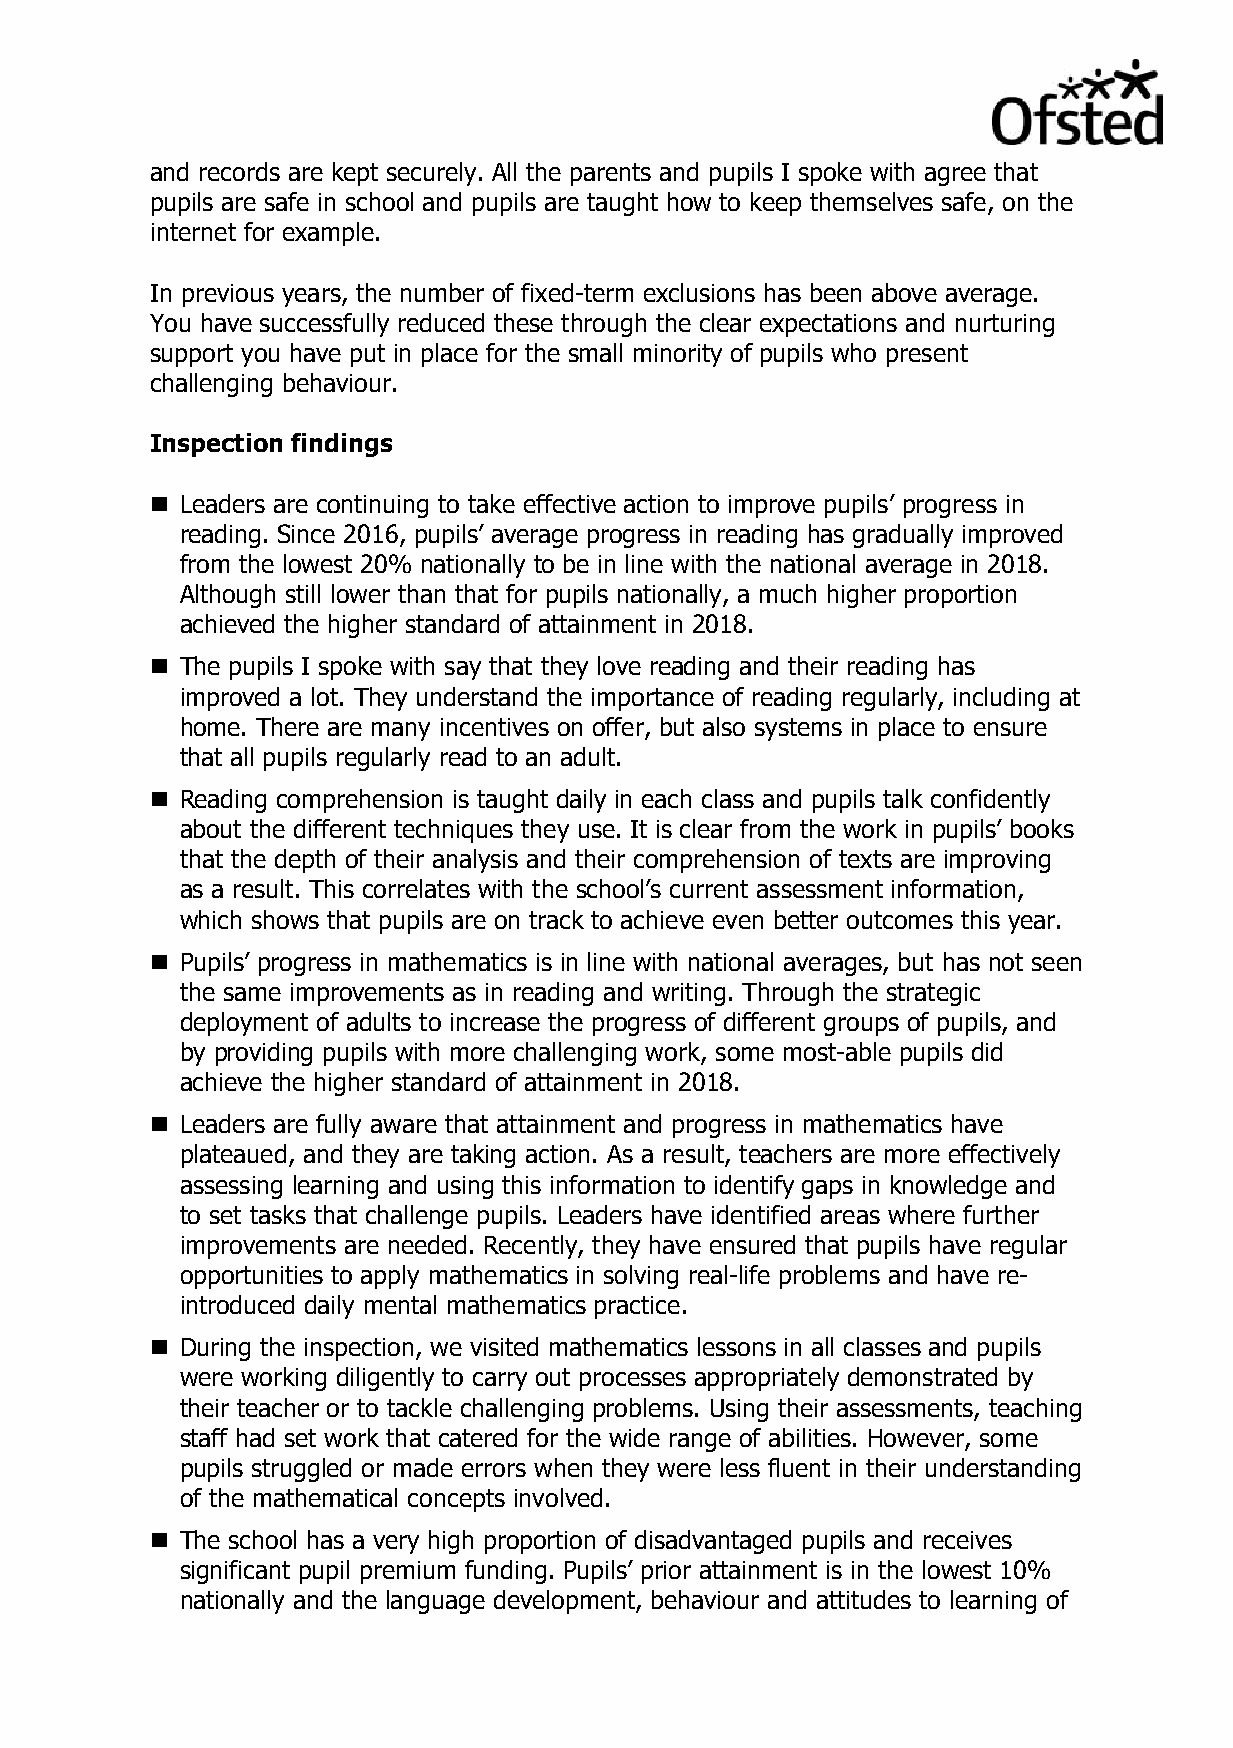
and records are kept securely. All the parents and pupils I spoke with agree that
 pupils are safe in school and pupils are taught how to keep themselves safe, on the
 internet for example.
 In previous years, the number of fixed-term exclusions has been above average.
 You have successfully reduced these through the clear expectations and nurturing
 support you have put in place for the small minority of pupils who present
 challenging behaviour.
 Inspection findings
  Leaders are continuing to take effective action to improve pupils’ progress in
 reading. Since 2016, pupils’ average progress in reading has gradually improved
 from the lowest 20% nationally to be in line with the national average in 2018.
 Although still lower than that for pupils nationally, a much higher proportion
 achieved the higher standard of attainment in 2018.
  The pupils I spoke with say that they love reading and their reading has
 improved a lot. They understand the importance of reading regularly, including at
 home. There are many incentives on offer, but also systems in place to ensure
 that all pupils regularly read to an adult.
  Reading comprehension is taught daily in each class and pupils talk confidently
 about the different techniques they use. It is clear from the work in pupils’ books
 that the depth of their analysis and their comprehension of texts are improving
 as a result. This correlates with the school’s current assessment information,
 which shows that pupils are on track to achieve even better outcomes this year.
  Pupils’ progress in mathematics is in line with national averages, but has not seen
 the same improvements as in reading and writing. Through the strategic
 deployment of adults to increase the progress of different groups of pupils, and
 by providing pupils with more challenging work, some most-able pupils did
 achieve the higher standard of attainment in 2018.
  Leaders are fully aware that attainment and progress in mathematics have
 plateaued, and they are taking action. As a result, teachers are more effectively
 assessing learning and using this information to identify gaps in knowledge and
 to set tasks that challenge pupils. Leaders have identified areas where further
 improvements are needed. Recently, they have ensured that pupils have regular
 opportunities to apply mathematics in solving real-life problems and have re-
 introduced daily mental mathematics practice.
  During the inspection, we visited mathematics lessons in all classes and pupils
 were working diligently to carry out processes appropriately demonstrated by
 their teacher or to tackle challenging problems. Using their assessments, teaching
 staff had set work that catered for the wide range of abilities. However, some
 pupils struggled or made errors when they were less fluent in their understanding
 of the mathematical concepts involved.
  The school has a very high proportion of disadvantaged pupils and receives
 significant pupil premium funding. Pupils’ prior attainment is in the lowest 10%
 nationally and the language development, behaviour and attitudes to learning of